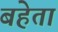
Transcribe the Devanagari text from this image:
बहेता